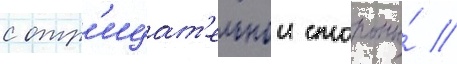
с отр'ицат'ельнои стороны́ //